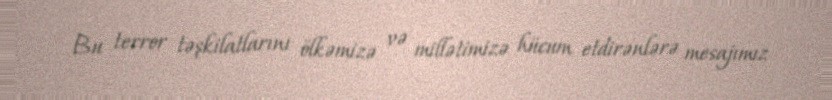
Bu terror təşkilatlarını ölkəmizə və millətimizə hücum etdirənlərə mesajımız